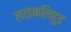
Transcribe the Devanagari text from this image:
लाइकलिहुड